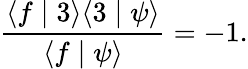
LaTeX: \frac{\langle f\mid 3\rangle\langle 3\mid\psi\rangle}{\langle f\mid\psi\rangle}=-1.